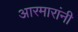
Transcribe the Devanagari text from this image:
आरमारांनी